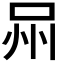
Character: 𭇫